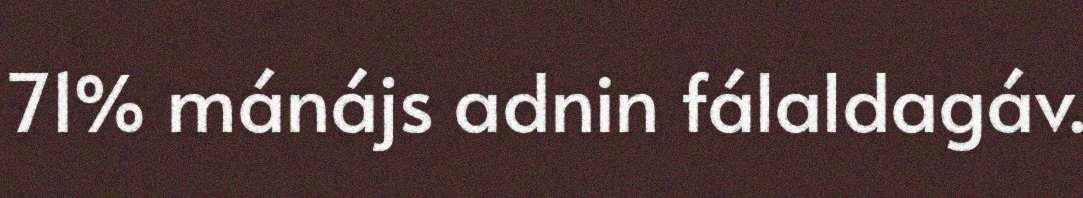
71% mánájs adnin fálaldagáv.